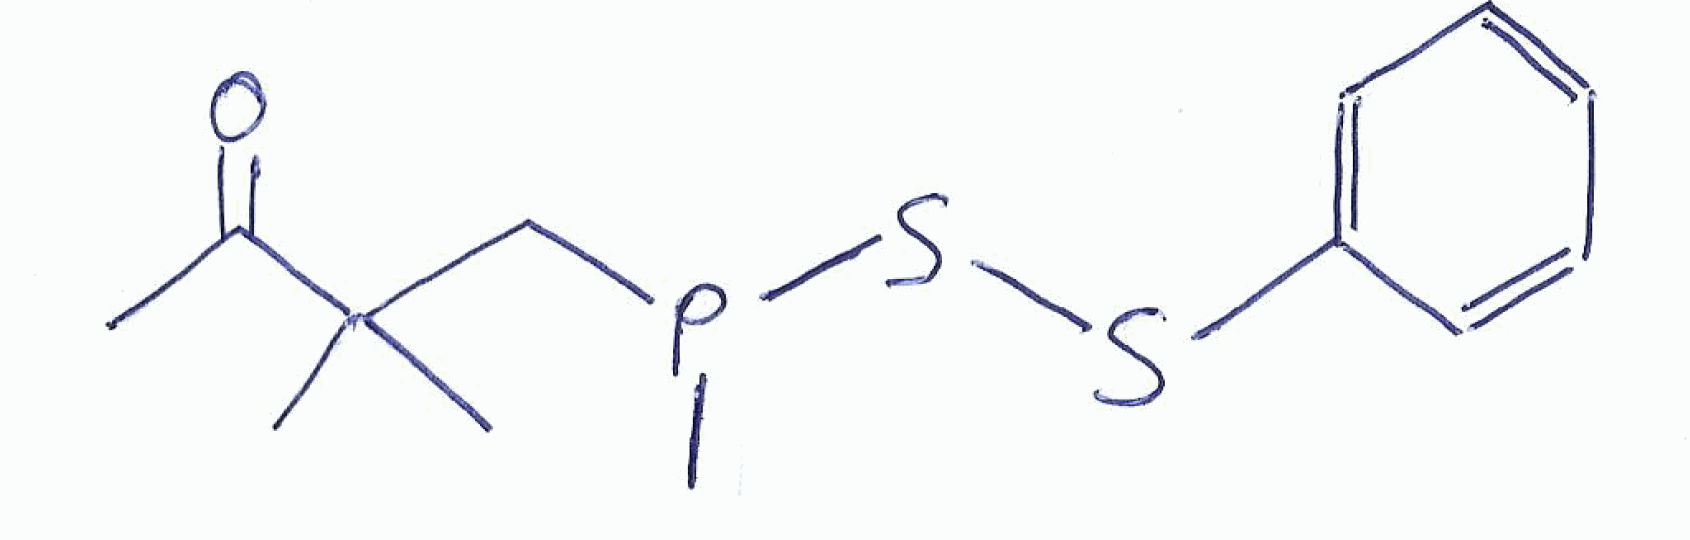
Simplified molecular-input line-entry system (SMILES) notation of the given molecule:
CC(=O)C(C)(C)CP(C)SSC1=CC=CC=N1